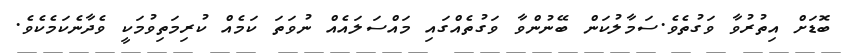
ބޮޑަށް އިތުރުވާ ވަގުތެވެ.ސަމާލުކަން ބޭނުންވާ ވަގުތެއްގައި މައްސަލައެއް ނުވަތަ ކަމެއް ކުރިމަތިވުމަކީ ވެދާނެކަމެކެވެ.